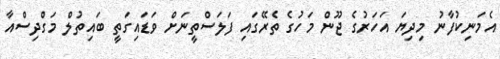
އެމަނިކުފާނު މިދިޔަ އަހަރުގެ ޖޫން މަހުގެ ތެރޭގައި ފަލަސްތީނަށް ވަޑައިގަތީ ބައިތުލް މަގްދިސްއާ